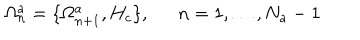
\Omega _ { n } ^ { a } = \{ \Omega _ { n + 1 } ^ { a } , H _ { c } \} , \ \ n = 1 , \ldots , N _ { a } - 1